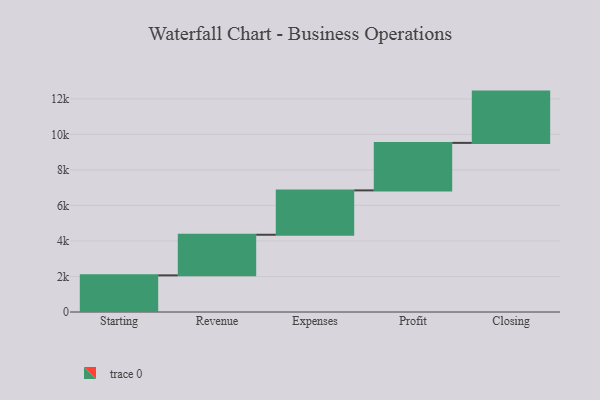
{"axis": {"x": "Step", "y": "Value"}, "legend": [""], "data": [{"x": "Starting", "y": 2063.0, "type": ""}, {"x": "Revenue", "y": 2286.0, "type": ""}, {"x": "Expenses", "y": 2498.0, "type": ""}, {"x": "Profit", "y": 2674.0, "type": ""}, {"x": "Closing", "y": 2887.0, "type": ""}]}